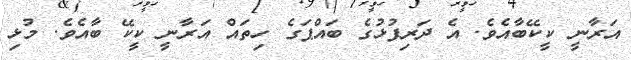
އަރާނީ ކީކޭބާއެވެ. އެ ދަރިފުޅުގެ ބައްޕަގެ ހިތައް އަރާނީ ކީކޭ ބާއެވެ. މުޅި